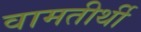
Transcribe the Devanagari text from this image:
वामतीर्थी